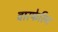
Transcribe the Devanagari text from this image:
वारफेरिन